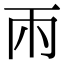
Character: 𮦄